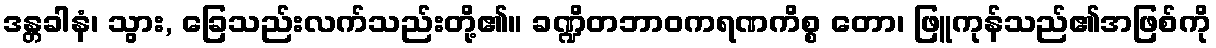
ဒန္တခါနံ၊ သွား, ခြေသည်းလက်သည်းတို့၏။ ခဏ္ဍိတဘာဝကရဏကိစ္စ တော၊ ဖြူကုန်သည်၏အဖြစ်ကို